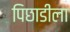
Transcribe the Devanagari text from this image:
पिछाडीला